Report on vaccination in Madras 1877-1894 - 1877-1894
Year: 1877
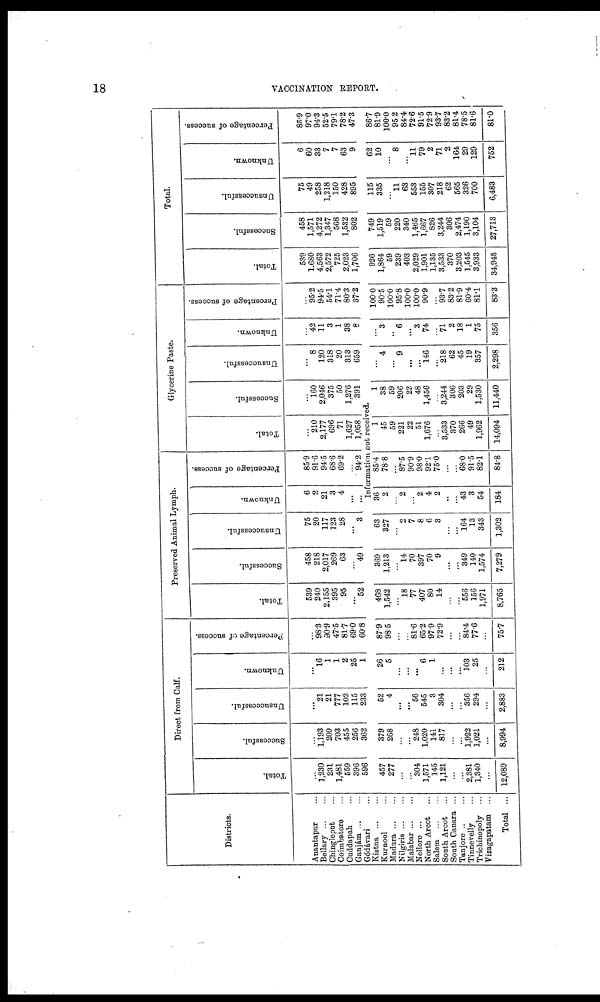
18
VACCINATION REPORT.
Districts.
Anantapur ...
Bellary ... ...
Chingleput ...
Coimbatore ...
Cuddapah ...
Ganjám ... ...
Gódávari ...
Kistna ...
Kurnool ...
Madura ... ...
Nilgirís ... ...
Malabar ... ...
Nellore ...
North Arcot ...
Salem
...
...
South Arcot ...
South Canara ...
Tanjore .. ...
Tinnevelly ...
Trichinopoly ...
Vizagapatam ...
Total ...
Direct from Calf.
Total.
...
1,230
231
1,481
559
396
596
Successful.
...
1,193
209
703
455
256
362
Unsuccessful.
...
21
21
777
102
115
233
Unknown.
...
16
1
1
2
25
1
Percentage of success.
...
98.3
90.9
47.5
81.7
69.0
60.8
Preserved Animal Lymph.
Total.
539
240
2,155
395
95
...
52
Successful.
458
218
2,017
269
63
...
49
Unsuccessful.
75
20
117
123
28
...
3
Unknown.
6
2
21
3
4
...
...
Percentage of success.
85.9
91.6
94.5
68.6
69.2
...
94.2
Glycerine Paste.
Total.
...
210
2,177
696
71
1,627
1,058
Successful.
...
160
2,046
375
50
1,276
391
Unsuccessful.
...
8
120
318
20
313
659
Unknown.
...
42
11
3
1
38
8
Percentage of success.
...
95.2
94.5
54.1
71.4
80.3
37.2
Total.
Total.
539
1,680
4,563
2,572
725
2,023
1,706
Successful.
458
1,571
4,272
1,347
568
1,532
802
Unsuccessful.
75
49
258
1,218
150
428
895
Unknown.
6
60
33
7
7
63
9
Percentage of success.
85.9
97.0
94.3
52.5
79.1
78.2
47.3
Information not received.
457
277
...
...
304
1,571
145
1,121
...
...
2,381
1,340
...
12,089
379
268
...
...
248
1,020
141
817
...
...
1,922
1,021
...
8,994
52
4
...
...
56
545
3
304
...
...
356
294
...
2,883
26
5
...
...
...
6
1
...
...
...
103
25
...
212
87.9
98.5
...
...
81.6
65.2
97.9
72.9
...
...
84.4
77.6
...
75.7
468
1,542
...
l8
77
407
80
14
...
...
556
156
1,971
8,765
369
1,213
...
l4
70
397
70
9
...
...
349
140
1,574
7,279
63
327
...
2
7
8
6
3
...
...
164
13
343
1,302
36
2
...
2
...
2
4
2
...
...
43
3
54
184
85.4
78.8
...
87.5
90.9
98.0
92.1
75.0
...
...
68.0
91.5
82.1
84.8
1
45
59
221
22
51
1,676
...
3,533
370
266
49
1,962
14,094
1
38
59
206
22
48
1,456
...
3,244
306
203
29
1,530
11,440
...
4
...
9
...
...
146
...
218
62
45
19
357
2,298
...
3
...
6
...
3
74
...
71
2
18
1
75
356
100.0
90.5
100.0
95.8
100.0
100.0
90.9
...
93.7
83.2
81.9
60.4
81.1
83.3
926
1,864
59
239
403
2,029
1,901
1,135
3,533
370
3,203
1,545
3,933
34,948
749
1,519
59
220
340
1,465
1,667
826
3,244
306
2,474
1,190
3,104
27,713
115
335
...
11
63
553
155
307
218
62
565
326
700
6,483
62
10
...
8
...
11
79
2
71
2
164
29
129
752
86.7
81.9
100.0
95.2
84.4
72.6
91.5
72.9
93.7
83.2
81.4
78.5
81.6
81.0